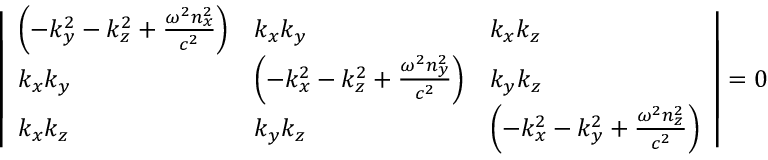
{ \left| \begin{array} { l l l } { \left( - k _ { y } ^ { 2 } - k _ { z } ^ { 2 } + { \frac { \omega ^ { 2 } n _ { x } ^ { 2 } } { c ^ { 2 } } } \right) } & { k _ { x } k _ { y } } & { k _ { x } k _ { z } } \\ { k _ { x } k _ { y } } & { \left( - k _ { x } ^ { 2 } - k _ { z } ^ { 2 } + { \frac { \omega ^ { 2 } n _ { y } ^ { 2 } } { c ^ { 2 } } } \right) } & { k _ { y } k _ { z } } \\ { k _ { x } k _ { z } } & { k _ { y } k _ { z } } & { \left( - k _ { x } ^ { 2 } - k _ { y } ^ { 2 } + { \frac { \omega ^ { 2 } n _ { z } ^ { 2 } } { c ^ { 2 } } } \right) } \end{array} \right| } = 0